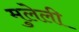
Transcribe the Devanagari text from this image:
मुलेली